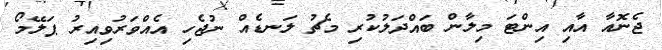
ޖެނޮއާ އާއި އިންޓަ މިލާން ބައްދަލުކުރި މެޗު ލަނޑެއް ނުޖެހި އެއްވަރުވިއިރު ޕަލޭމޯ